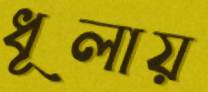
ধূলায়